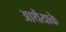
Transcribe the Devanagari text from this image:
आथैयाके